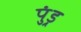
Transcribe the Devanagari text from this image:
पुंड़्र